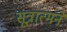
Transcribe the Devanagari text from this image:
सूत्रात्मने